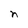
Character: n